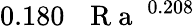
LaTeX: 0.180\, \mathrm{~\textit~{~R~a~}~}^{0.208}